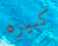
كبيره